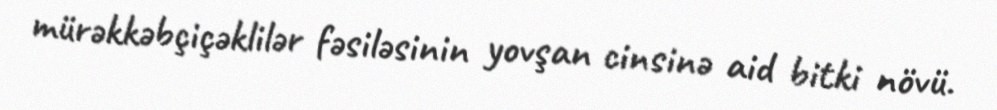
mürəkkəbçiçəklilər fəsiləsinin yovşan cinsinə aid bitki növü.